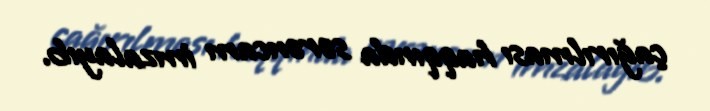
çağırılması haqqında sərəncam imzalayıb.